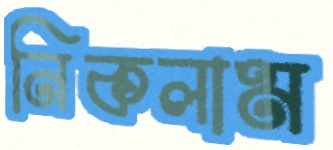
নিকলাম